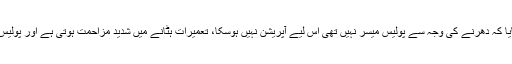
سی ڈی اے کے وکیل منیر پراچہ نے بتایا کہ دھرنے کی وجہ سے پولیس میسر نہیں تھی اس لیے آپریشن نہیں ہوسکا، تعمیرات ہٹانے میں شدید مزاحمت ہوتی ہے اور پولیس کی مدد کے بغیرآپریشن نہیں کرسکتے۔